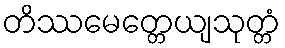
တိဿမေတ္တေယျသုတ္တံ